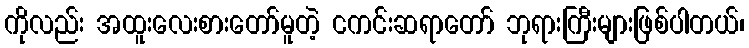
ကိုလည်း အထူးလေးစားတော်မူတဲ့ ငကင်းဆရာတော် ဘုရားကြီးများဖြစ်ပါတယ်၊